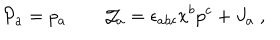
{ \cal P } _ { a } = p _ { a } \qquad { \cal J } _ { a } = \epsilon _ { a b c } x ^ { b } p ^ { c } + J _ { a } \; ,